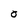
Character: O